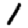
Digit: 1